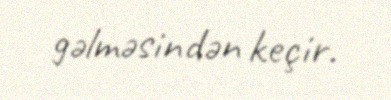
gəlməsindən keçir.